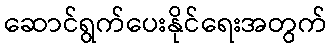
ဆောင်ရွက်ပေးနိုင်ရေးအတွက်